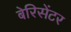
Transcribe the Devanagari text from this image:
बेरिसेंटर